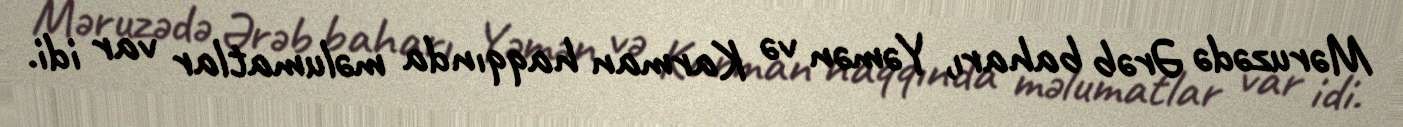
Məruzədə Ərəb baharı, Yəmən və Karman haqqında məlumatlar var idi.